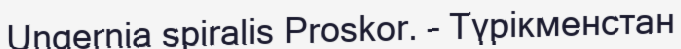
Ungernia spiralis Proskor. – Түрікменстан